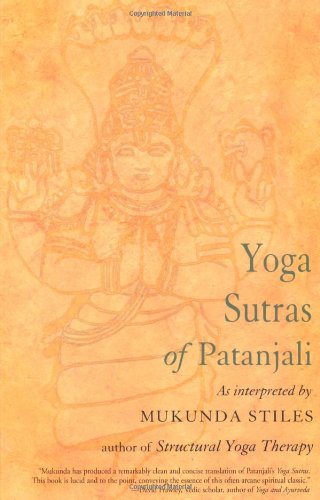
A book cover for Yoga Sutras of Patanjali: With Great Respect and Love; Mukunda Stiles; Religion & Spirituality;